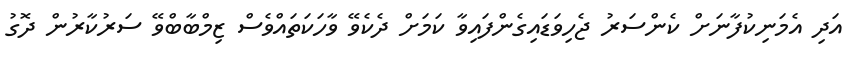
އަދި އެމަނިކުފާނަށް ކެންސަރު ޖެހިވަޑައިގެންފައިވާ ކަމަށް ދެކެވޭ ވާހަކަތައްވެސް ޒިމްބާބްވޭ ސަރުކާރުން ދޮގު